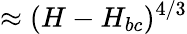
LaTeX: \approx(H-H_{bc})^{4/3}